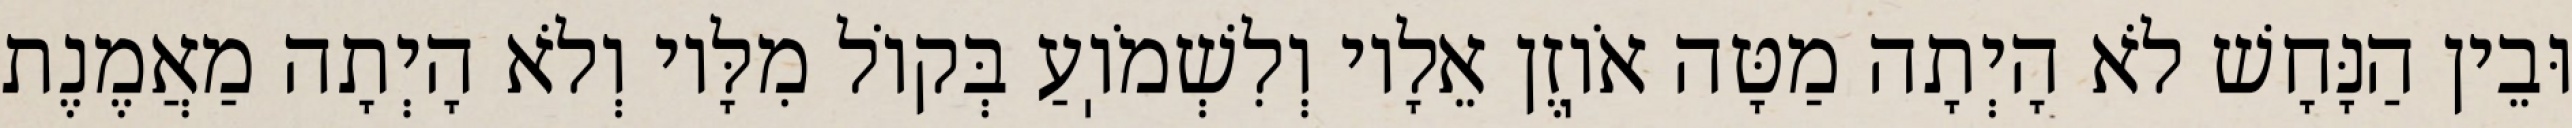
וּבֵין הַנָּחָשׁ לֹא הָיְתָה מַטָּה אֹוֽזֶן אֵלָיו וְלִשְׁמֹוֽעַ בְּקוֹל מִלָּיו וְלֹא הָיְתָה מַאֲמֶנֶת